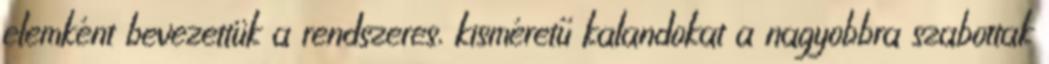
elemként bevezettük a rendszeres, kisméretű kalandokat a nagyobbra szabottak